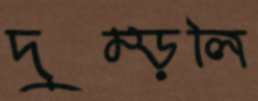
দুম্‌ড়লি